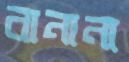
বানানা